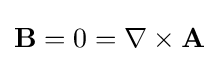
\mathbf {B} =0=\nabla \times \mathbf {A}